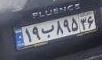
۱۹ب۸۹۵۳۶